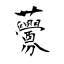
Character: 虋